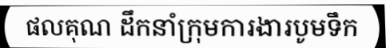
ផលគុណ ដឹកនាំក្រុមការងារបូមទឹក